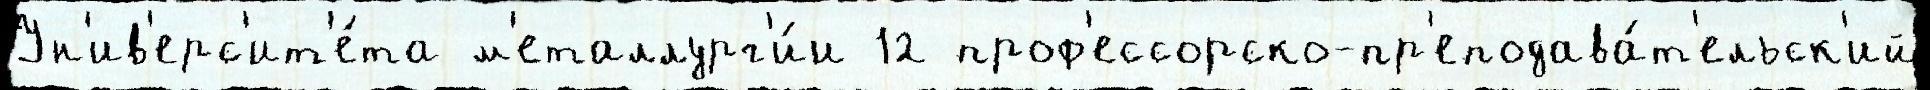
Ун'ив'ерс'ит'е́та м'еталлург'и́и 12 проф'ессорско-пр'еподава́т'ельск'ий